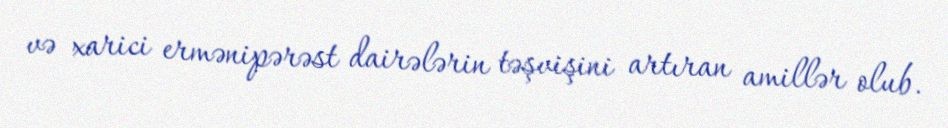
və xarici ermənipərəst dairələrin təşvişini artıran amillər olub.